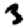
Digit: 3